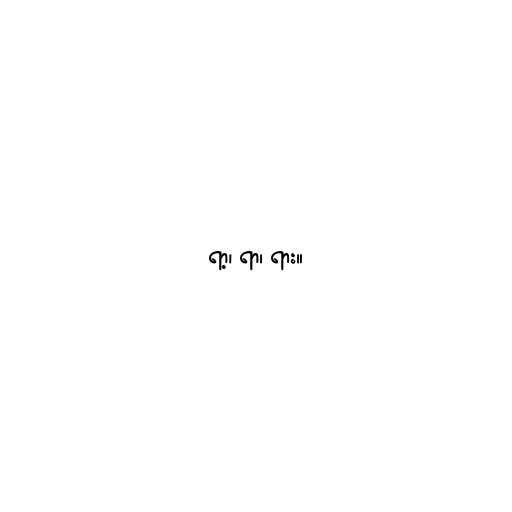
ရာ့၊ ရာ၊ ရား။